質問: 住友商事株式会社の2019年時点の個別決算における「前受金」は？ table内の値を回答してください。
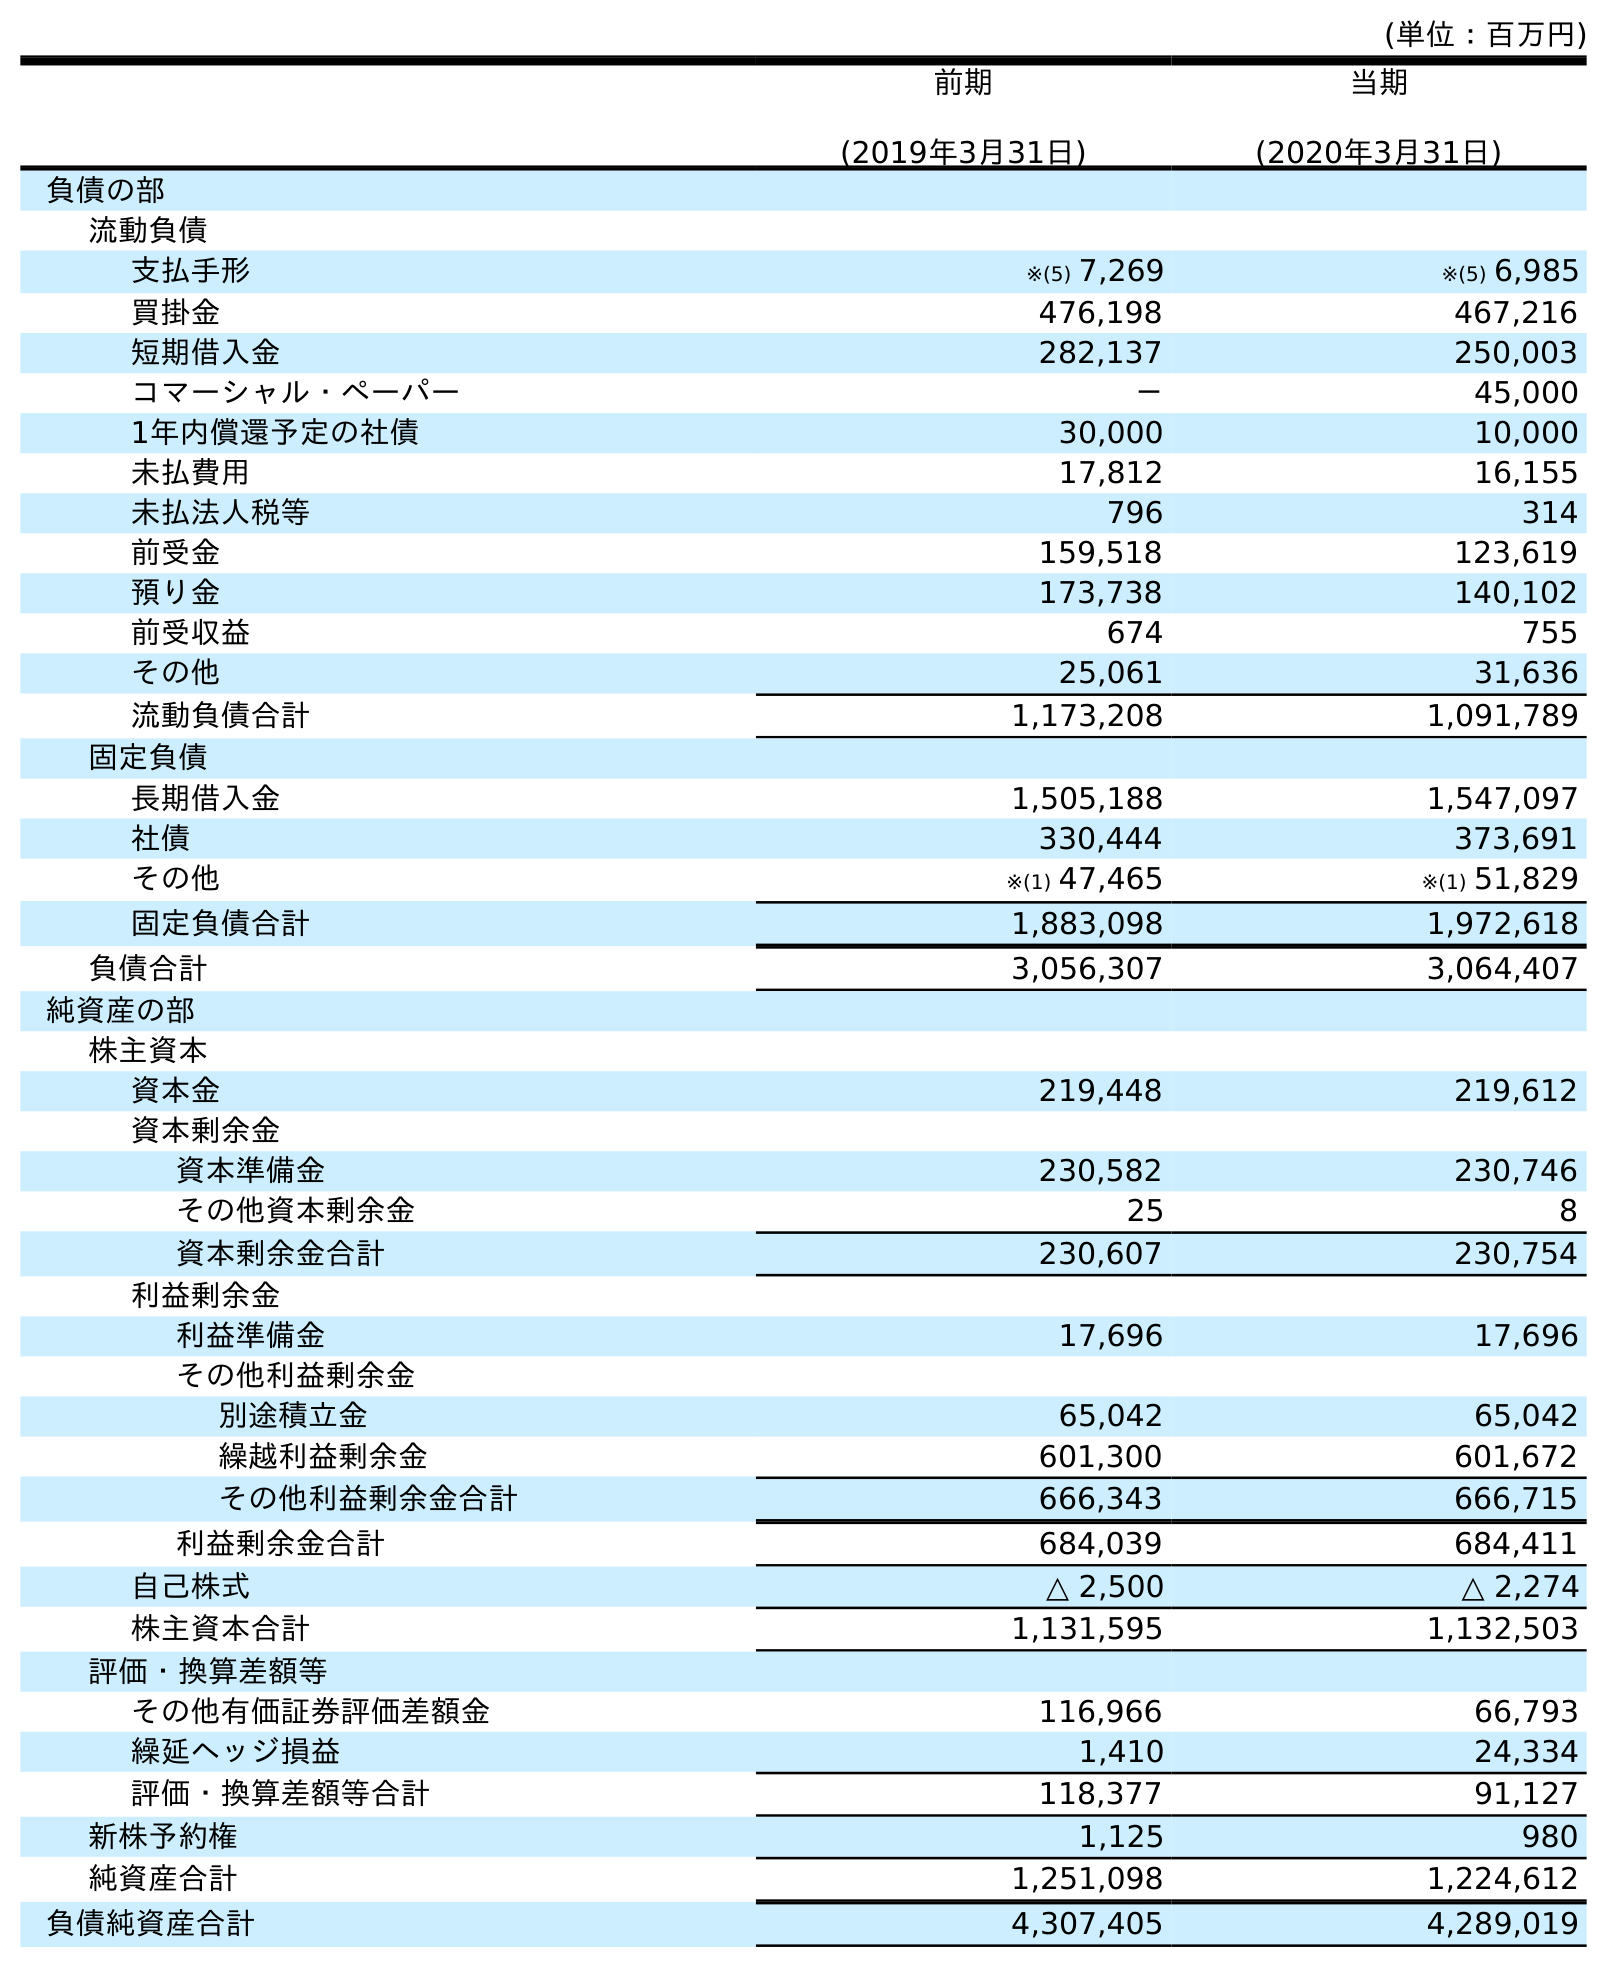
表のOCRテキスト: (単位：百万円) 前期 (2019年3月31日) 当期 (2020年3月31日) 負債の部 流動負債 支払手形 ※(5) 7,269 ※(5) 6,985 買掛金 476,198 467,216 短期借入金 282,137 250,003 コマーシャル・ペーパー － 45,000 1年内償還予定の社債 30,000 10,000 未払費用 17,812 16,155 未払法人税等 796 314 前受金 159,518 123,619 預り金 173,738 140,102 前受収益 674 755 その他 25,061 31,636 流動負債合計 1,173,208 1,091,789 固定負債 長期借入金 1,505,188 1,547,097 社債 330,444 373,691 その他 ※(1) 47,465 ※(1) 51,829 固定負債合計 1,883,098 1,972,618 負債合計 3,056,307 3,064,407 純資産の部 株主資本 資本金 219,448 219,612 資本剰余金 資本準備金 230,582 230,746 その他資本剰余金 25 8 資本剰余金合計 230,607 230,754 利益剰余金 利益準備金 17,696 17,696 その他利益剰余金 別途積立金 65,042 65,042 繰越利益剰余金 601,300 601,672 その他利益剰余金合計 666,343 666,715 利益剰余金合計 684,039 684,411 自己株式 △ 2,500 △ 2,274 株主資本合計 1,131,595 1,132,503 評価・換算差額等 その他有価証券評価差額金 116,966 66,793 繰延ヘッジ損益 1,410 24,334 評価・換算差額等合計 118,377 91,127 新株予約権 1,125 980 純資産合計 1,251,098 1,224,612 負債純資産合計 4,307,405 4,289,019
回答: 159,518